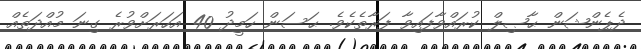
ދެޕެންޝަން ޙާޞިލް ކުރައްވާފައިވާ ފަރާތެކެވެ. ޙަސަން ހަމީދު 40 އަހަރަށްވުރެ ގިނަ މުއްދަތެއް